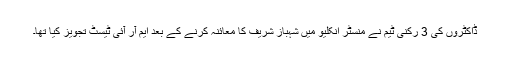
ڈاکٹروں کی 3 رکنی ٹیم نے منسٹر انکلیو میں شہباز شریف کا معائنہ کرنے کے بعد ایم آر آئی ٹیسٹ تجویز کیا تھا۔